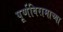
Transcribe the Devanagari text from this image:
पूर्णविरामाच्या